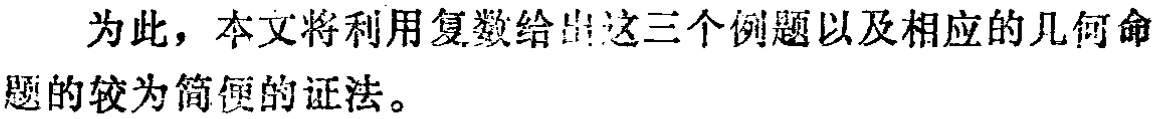
为此，本文将利用复数给出这三个例题以及相应的几何命题的较为简便的证法。